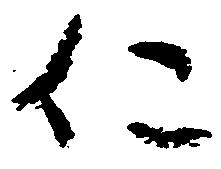
仁